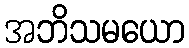
အဘိသမယော